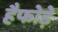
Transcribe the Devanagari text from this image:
हैफोड़े